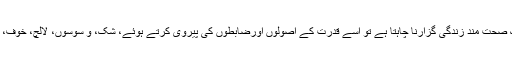
انسان بیماریوں کے حملے سے بچنا چاہتا ہے اور ایک صحت مند زندگی گزارنا چاہتا ہے تو اسے قدرت کے اصولوں اورضابطوں کی پیروی کرتے ہوئے، شک، و سوسوں، لالچ، خوف، بغض وعنادجیسی منفی صفات سے خود کو بچانا ہوگا۔